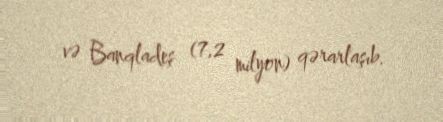
və Banqladeş (7,2 milyon) qərarlaşıb.